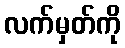
လက်မှတ်ကို